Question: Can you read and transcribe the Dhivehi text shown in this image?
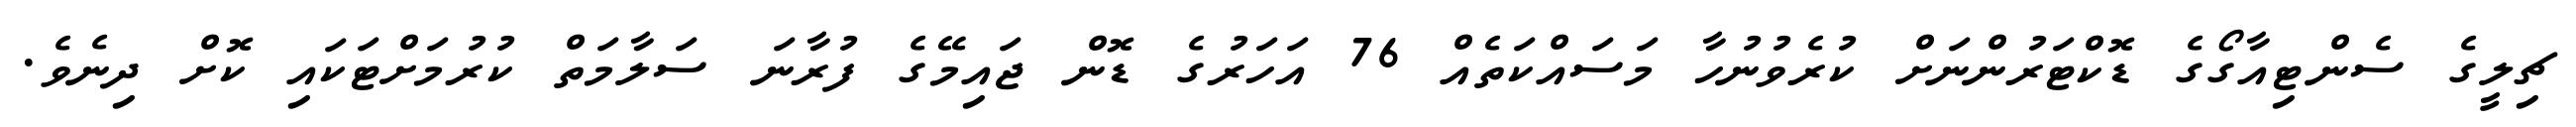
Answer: ޗިލީގެ ސެންޓިއާގޯގެ ޑޮކްޓަރުންނަށް ކުރެވުނުހާ މަސައްކަތެއް 76 އަހަރުގެ ޑޮން ޖައިމޭގެ ފުރާނަ ސަލާމަތް ކުރުމަށްޓަކައި ކޮށް ދިނެވެ.